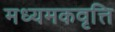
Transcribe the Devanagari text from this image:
मध्यमकवृत्ति